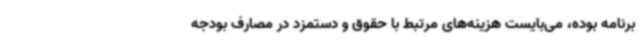
برنامه بوده، می‌بایست هزینه‌های مرتبط با حقوق و دستمزد در مصارف بودجه